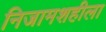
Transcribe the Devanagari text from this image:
निजामशहीला